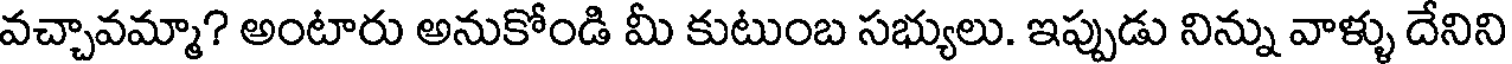
వచ్చావమ్మా? అంటారు అనుకోండి మీ కుటుంబ సభ్యులు. ఇప్పుడు నిన్ను వాళ్ళు దేనిని